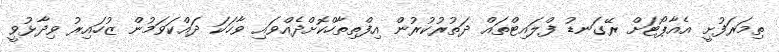
ތިމަރަފުށީ އެއާޕޯޓަށް ރޭގަނޑު ފްލައިޓްތައް ދަތުރުކުރުން އިފްތިތާހްކޮށްދެއްވައި ވާހަކަ ދައްކަވަމުން ޒުހައިރު ވިދާޅުވީ